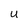
Character: U